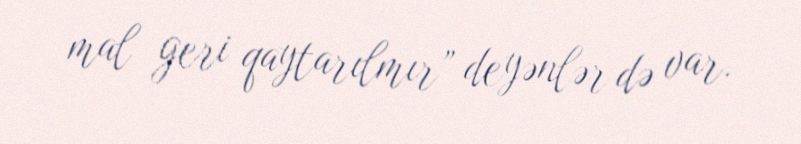
mal geri qaytarılmır” deyənlər də var.